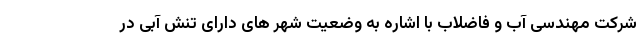
شرکت مهندسی آب و فاضلاب با اشاره به وضعیت شهر های دارای تنش آبی در